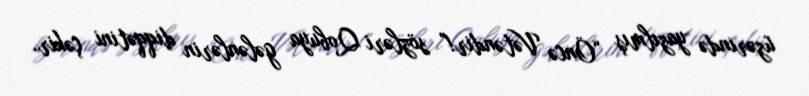
üzərində yazılmış “Öncə Vətəndir!” sözləri Qobuya gələnlərin diqqətini çəkir.